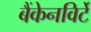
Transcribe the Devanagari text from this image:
बैंकेनविर्टे